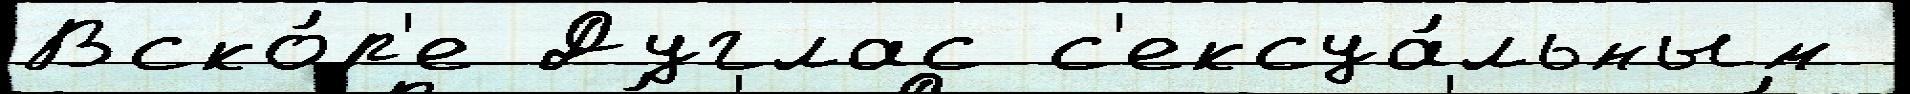
Вско́р'е Дуглас с'ексуа́льным